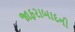
જાફરાબાદની